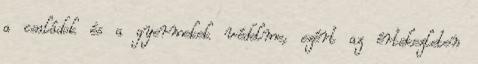
a családok és a gyermekek védelme, ezért az értekezleten